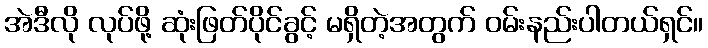
အဲဒီလို လုပ်ဖို့ ဆုံးဖြတ်ပိုင်ခွင့် မရှိတဲ့အတွက် ဝမ်းနည်းပါတယ်ရှင်။